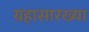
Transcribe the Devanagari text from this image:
ग्रहासारख्या